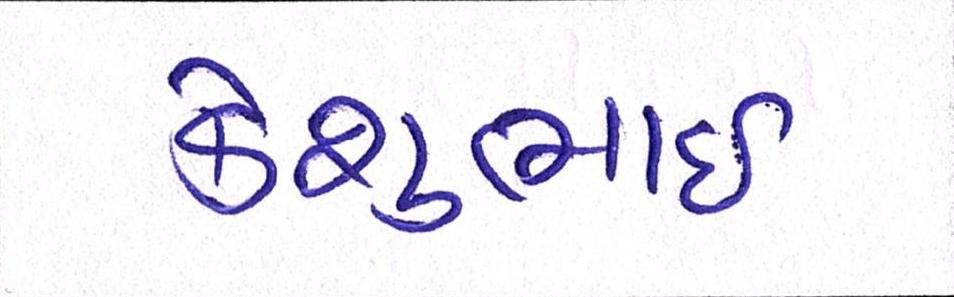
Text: કેશુભાઈ